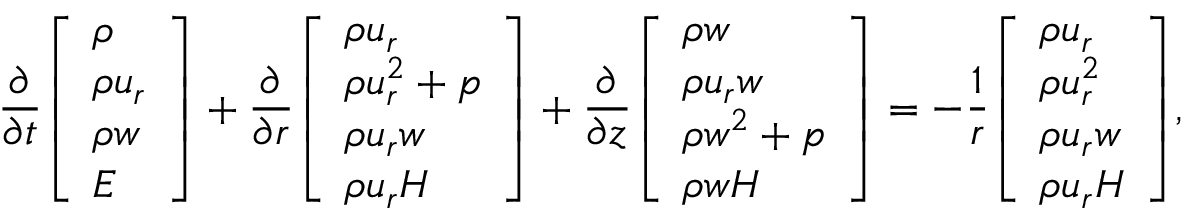
\frac { \partial } { \partial t } { \left[ \begin{array} { l } { \rho } \\ { \rho u _ { r } } \\ { \rho w } \\ { E } \end{array} \right] } + \frac { \partial } { \partial r } { \left[ \begin{array} { l } { \rho u _ { r } } \\ { \rho u _ { r } ^ { 2 } + p } \\ { \rho u _ { r } w } \\ { \rho u _ { r } H } \end{array} \right] } + \frac { \partial } { \partial z } { \left[ \begin{array} { l } { \rho w } \\ { \rho u _ { r } w } \\ { \rho w ^ { 2 } + p } \\ { \rho w H } \end{array} \right] } = - \frac { 1 } { r } { \left[ \begin{array} { l } { \rho u _ { r } } \\ { \rho u _ { r } ^ { 2 } } \\ { \rho u _ { r } w } \\ { \rho u _ { r } H } \end{array} \right] } ,